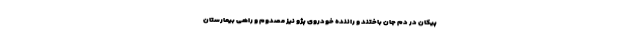
پیکان در دم جان باختند و راننده خودروی پژو نیز مصدوم و راهی بیمارستان